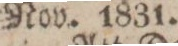
Nov. 1831.